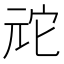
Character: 𫤙